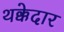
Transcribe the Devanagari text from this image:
थक्केदार